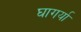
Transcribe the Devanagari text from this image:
घागर्या